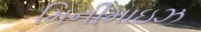
મિનીમાઇઝ